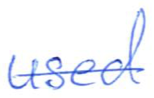
Text: used
Cross-out: single-line
Writing tool: ballpoint